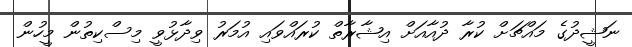
ނަޝީދުގެ މައްޗަށް ކުރާ ދުއާއަށް އިިޝާރާތް ކުރައްވައި އުމަރު ވިދާޅުވީ މިސްކިތުން މީހުން